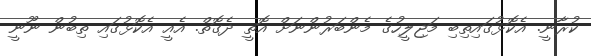
ކުރާނީ. އެކޮޅުގައިތިބި މަޖިލީހުގެ މެންބަރުންނަށް އޮތީ ދެގޮތް. އެއީ އެކޮޅުގައި ތިބުން ނޫނީ